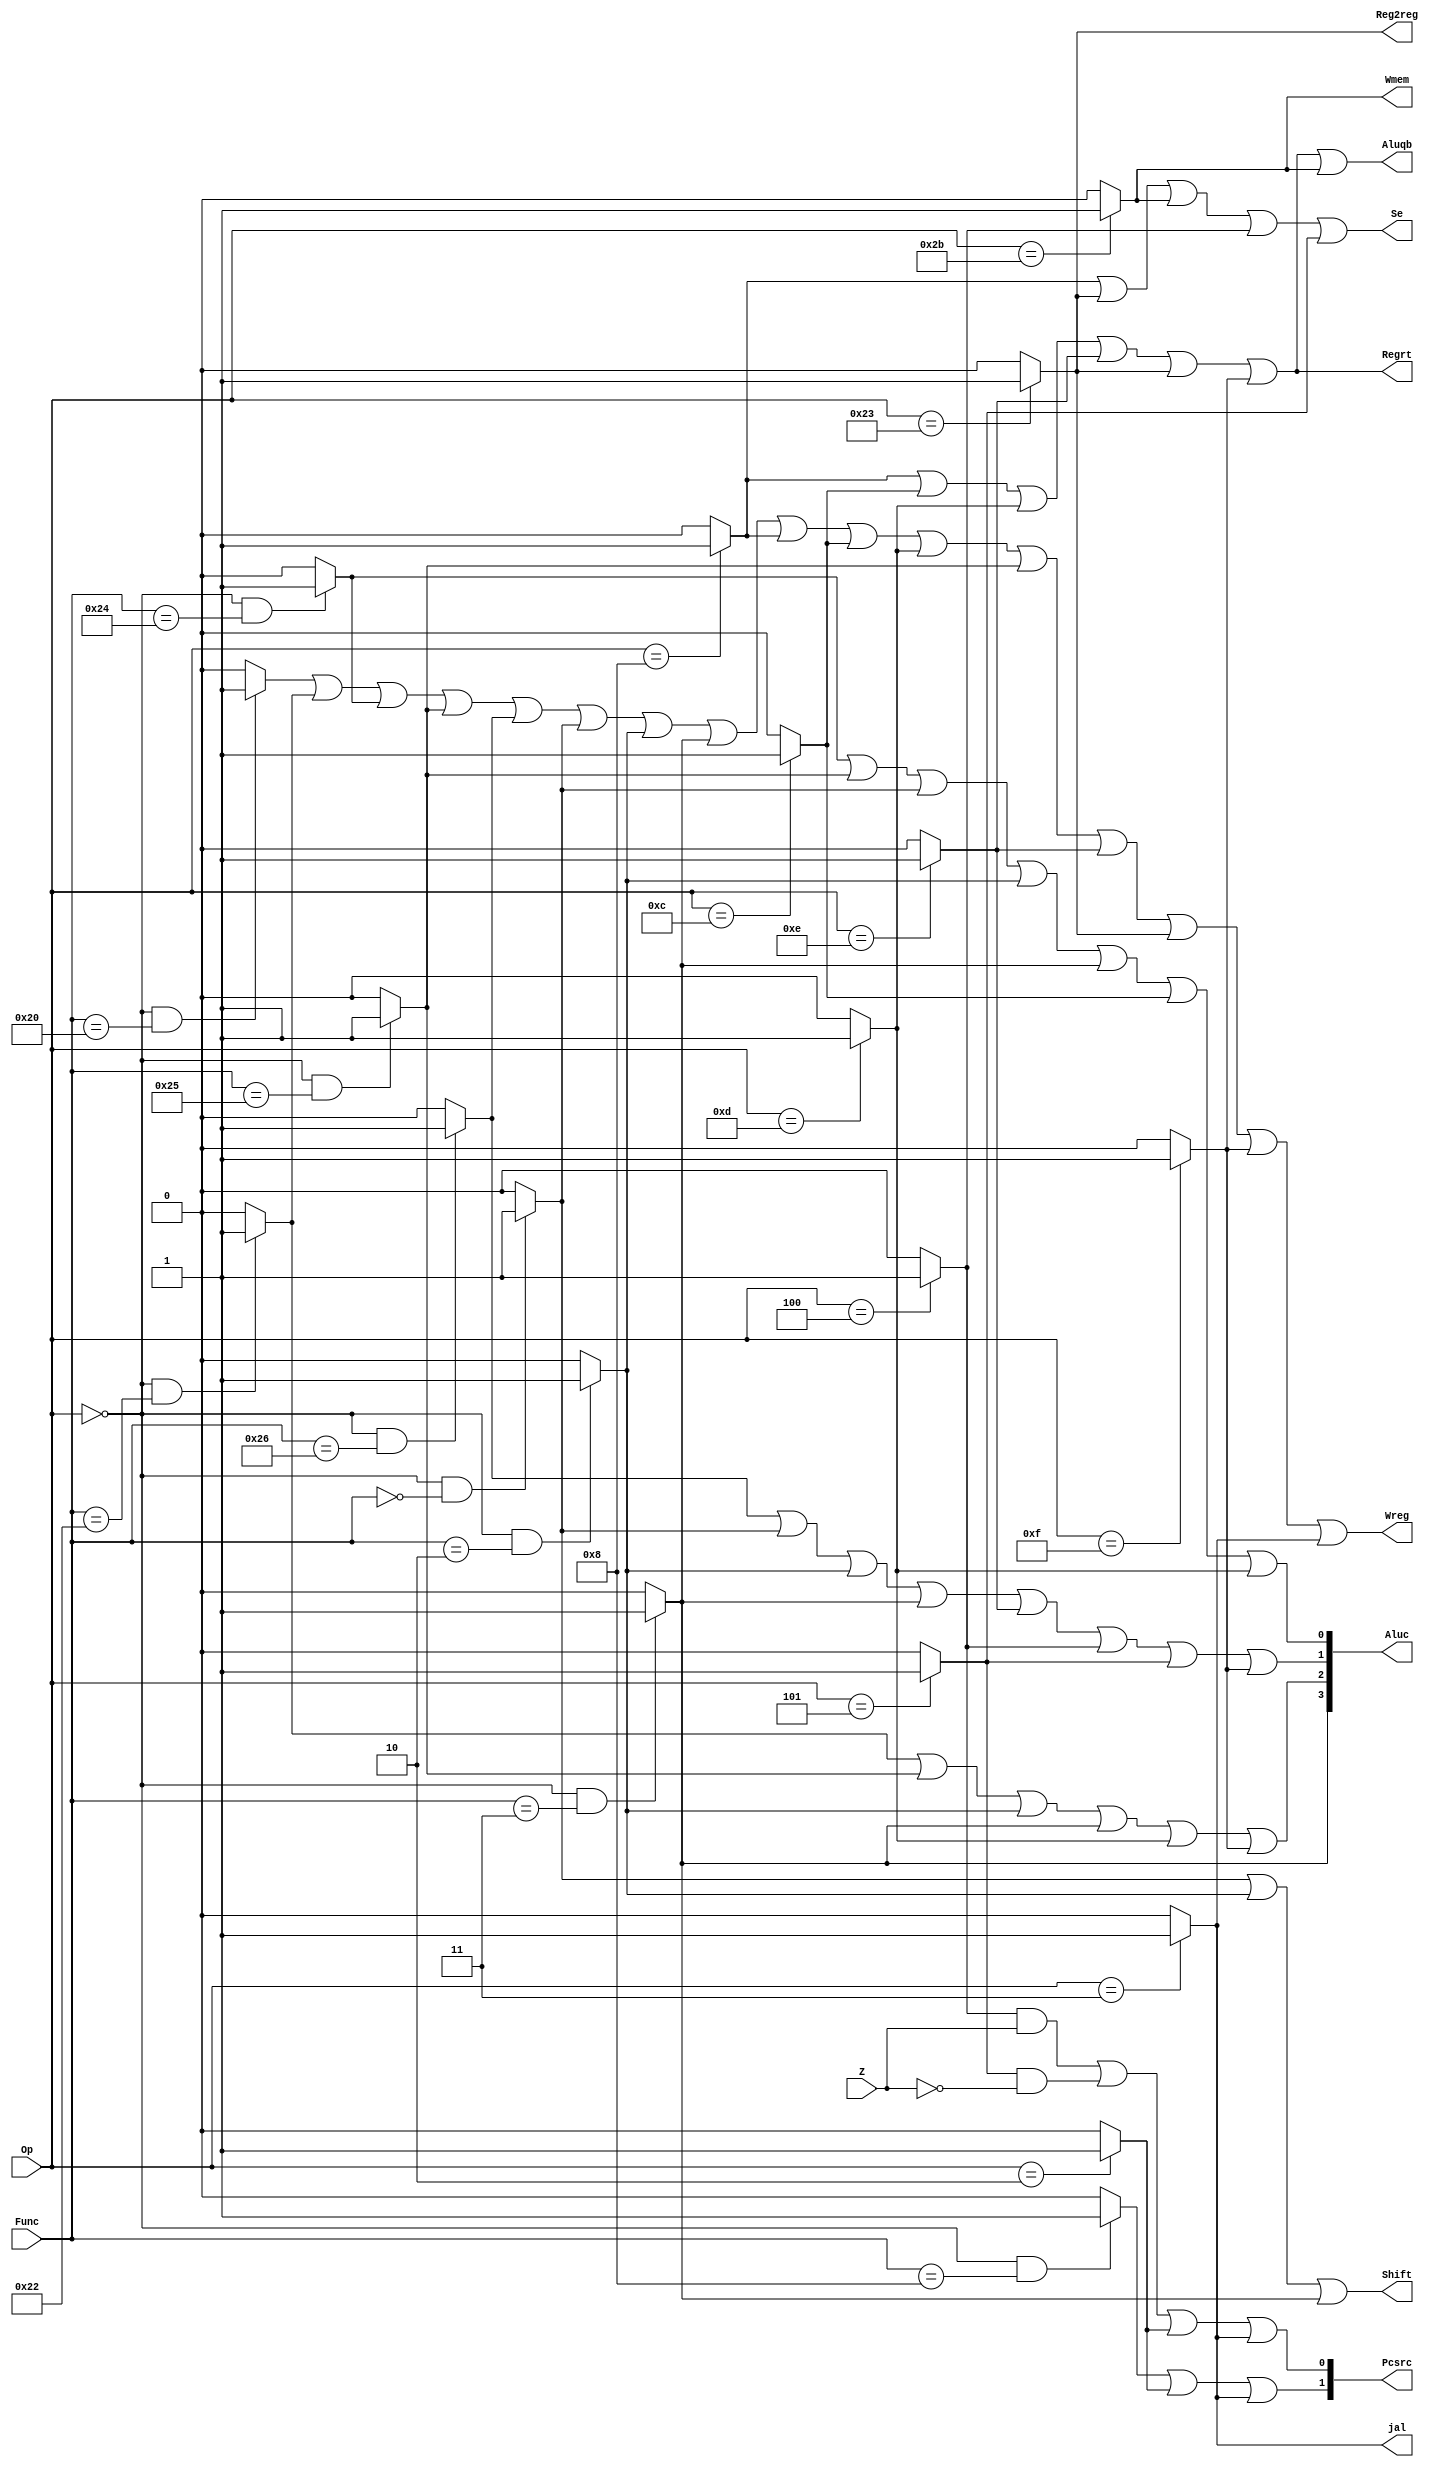
module ControlUnit(Op, Func, Z, Wmem, Wreg, Regrt, Reg2reg, Aluc, Shift, Aluqb, Pcsrc, jal, Se);
	
	input [5:0] Op, Func;
	input Z;
	output [3:0] Aluc;
	output [1:0] Pcsrc;
	output Wmem, Wreg, Regrt, Se, Shift, Aluqb, Reg2reg, jal;
		
	// R
	wire i_add = (Op == 6'b000000 & Func == 6'b100000)?1:0;
	wire i_sub = (Op == 6'b000000 & Func == 6'b100010)?1:0;
	wire i_and = (Op == 6'b000000 & Func == 6'b100100)?1:0;
	wire i_or  = (Op == 6'b000000 & Func == 6'b100101)?1:0;
	wire i_xor = (Op == 6'b000000 & Func == 6'b100110)?1:0;
	wire i_sll = (Op == 6'b000000 & Func == 6'b000000)?1:0;
	wire i_srl = (Op == 6'b000000 & Func == 6'b000010)?1:0;
	wire i_sra = (Op == 6'b000000 & Func == 6'b000011)?1:0;
	wire i_jr  = (Op == 6'b000000 & Func == 6'b001000)?1:0;

	// I
	wire i_addi = (Op == 6'b001000)?1:0;
	wire i_andi = (Op == 6'b001100)?1:0; 
	wire i_ori  = (Op == 6'b001101)?1:0;
	wire i_xori = (Op == 6'b001110)?1:0;
	wire i_lw   = (Op == 6'b100011)?1:0;
	wire i_sw   = (Op == 6'b101011)?1:0;
	wire i_beq  = (Op == 6'b000100)?1:0;
	wire i_bne  = (Op == 6'b000101)?1:0;
	wire i_lui  = (Op == 6'b001111)?1:0;

	// J
	wire i_j    = (Op == 6'b000010)?1:0;
	wire i_jal  = (Op == 6'b000011)?1:0; 
	
	assign Wreg  = i_add  | i_sub  | i_and | i_or | i_xor  | 
	i_sll | i_srl |i_sra |	i_addi | i_andi | 
	i_ori | i_or | i_xori | i_lw  | i_lui |i_jal;
	assign Regrt  = i_addi | i_andi | i_ori | i_xori |i_lw |i_lui;
	assign jal = i_jal;
	assign Reg2reg  = i_lw;
	assign Shift  = i_sll | i_srl |i_sra;
	assign Aluqb = i_addi | i_andi | i_ori | i_xori | i_lw | i_lui |i_sw;
	assign Se = i_addi | i_lw | i_sw | i_beq | i_bne;
	assign Aluc[3] = i_sra;
	assign Aluc[2] = i_sub |i_or | i_srl | i_sra | i_ori |i_lui;
	assign Aluc[1] = i_xor | i_sll | i_srl | i_sra | i_xori |
	 i_beq | i_bne | i_lui;
	assign Aluc[0] = i_and | i_or | i_sll | i_srl |i_sra |
	 i_andi  | i_ori;
	assign Wmem  = i_sw;
	assign Pcsrc[1] = i_jr | i_j | i_jal;
	assign Pcsrc[0] = i_beq & Z | i_bne&~Z | i_j | i_jal;
endmodule